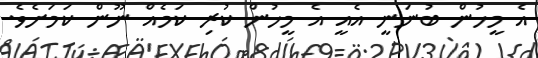
އެ މީހުން ބުނަނީ އެއީ އެ މީހުން ކުރި ކަމެއް ނޫން ކަމަށެވެ.